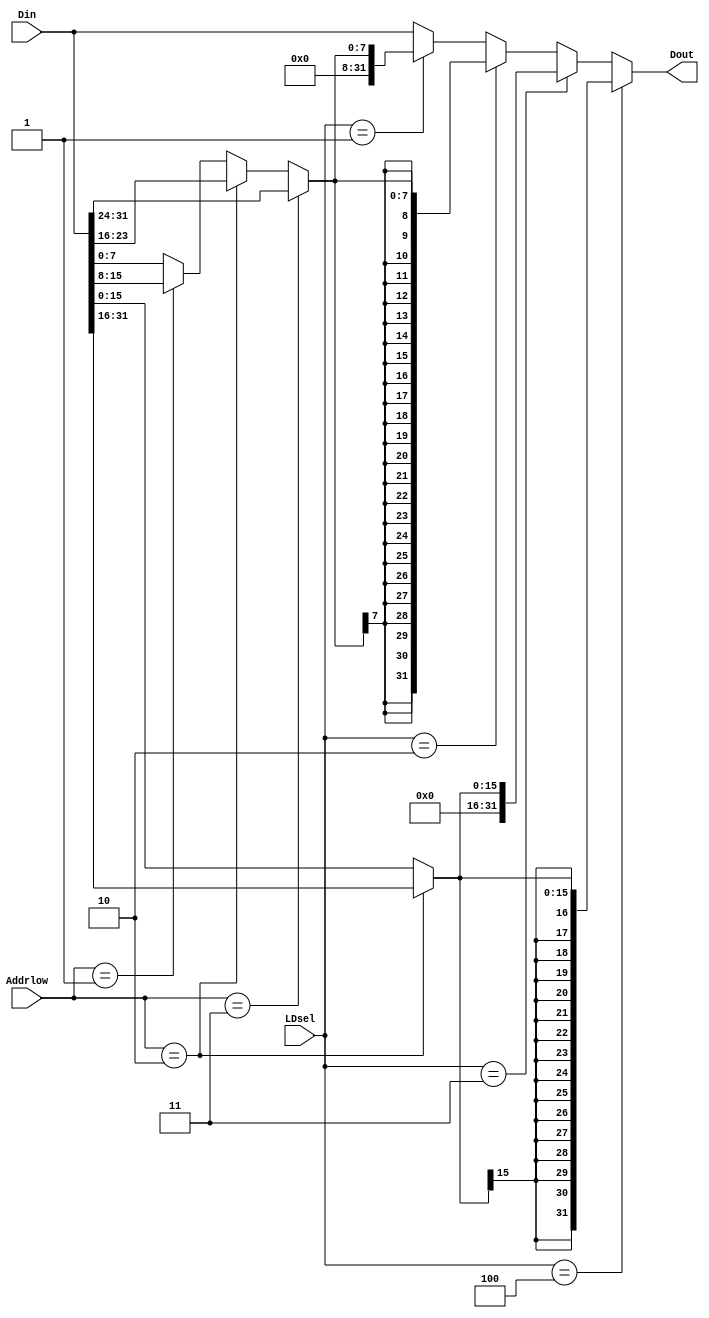
`timescale 1ns / 1ps
//////////////////////////////////////////////////////////////////////////////////
// Company: 
// Engineer: 
// 
// Design Name: 
// Module Name:    ext_dm 
// Project Name: 
// Target Devices: 
// Tool versions: 
// Description: 
//
// Dependencies: 
//
// Revision: 
// Revision 0.01 - File Created
// Additional Comments: 
//
//////////////////////////////////////////////////////////////////////////////////
module ext_dm(
    input [1:0] Addrlow,
    input [31:0] Din,
    input [2:0] LDsel,
    output [31:0] Dout
    );
	 
	 wire [7:0] Byte;
	 wire [15:0] Half;
	 
	 assign Byte= (Addrlow==2'b11) ? Din[31:24] :
					  (Addrlow==2'b10) ? Din[23:16] :
					  (Addrlow==2'b01) ? Din[15:8]  :
					  Din[7:0];
	 
	 assign Half= (Addrlow==2'b10) ? Din[31:16] : Din[15:0];
	 
	 assign Dout= (LDsel==3'b100) ? {{16{Half[15]}},Half} :
					  (LDsel==3'b011) ? {16'b0,Half} :
					  (LDsel==3'b010) ? {{24{Byte[7]}},Byte} :
					  (LDsel==3'b001) ? {24'b0,Byte} :
					  Din;


endmodule